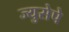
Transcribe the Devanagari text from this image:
ज्युसेपे